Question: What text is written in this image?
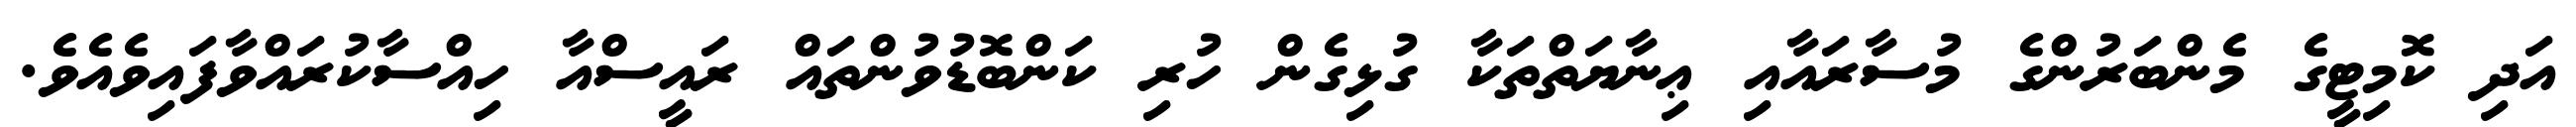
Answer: އަދި ކޮމިޓީގެ މެންބަރުންގެ މުސާރައާއި ޢިނާޔަތްތަކާ ގުޅިގެން ހުރި ކަންބޮޑުވުންތައް ރައީސްއާ ހިއްސާކުރައްވާފައިވެއެވެ.